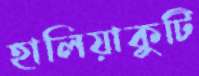
হালিয়াকুটি